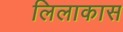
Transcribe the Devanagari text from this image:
लिलाकास